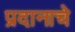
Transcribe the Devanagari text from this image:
प्रदानाचे